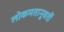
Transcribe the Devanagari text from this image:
लोकमतानुवर्ती